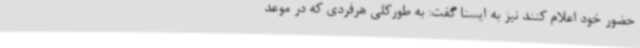
حضور خود اعلام کنند نیز به ایسنا گفت: به طورکلی هرفردی که در موعد